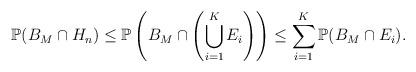
LaTeX: \begin{align*}\mathbb P(B_M \cap H_n) &\leq \mathbb P\left(B_M \cap \left(\bigcup_{i=1}^K E_i \right)\right) \leq \sum_{i=1}^K \mathbb P(B_M \cap E_i).\end{align*}